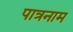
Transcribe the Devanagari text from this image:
पात्रनाम